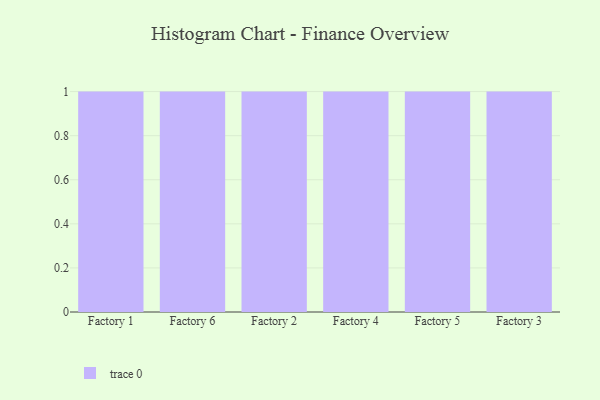
{"axis": {"x": "Factory", "y": "Production Output"}, "legend": [""], "data": [{"x": "Factory 1", "y": 87, "type": ""}, {"x": "Factory 6", "y": 53, "type": ""}, {"x": "Factory 2", "y": 28, "type": ""}, {"x": "Factory 4", "y": 69, "type": ""}, {"x": "Factory 5", "y": 27, "type": ""}, {"x": "Factory 3", "y": 41, "type": ""}]}